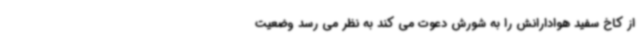
از کاخ سفید هوادارانش را به شورش دعوت می کند به نظر می رسد وضعیت